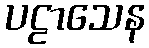
ပဠာသေန